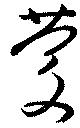
慶